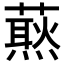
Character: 𧀙